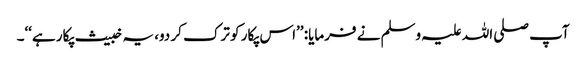
آپ صلی اللہ علیہ وسلم نے فرمایا: ’’اس پکار کو ترک کر دو، یہ خبیث پکار ہے‘‘۔